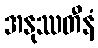
အနုဿတီနံ